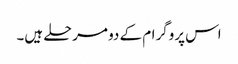
اس پروگرام کے دو مرحلے ہیں۔